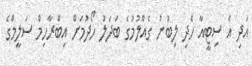
އަދި އެ ސިޓީއާ ހެދި ލިބުނު ގެއްލުމުގެ ބަދަލު ހޯދުމަށް އިބްރާހިމް ސަލީމްގެ